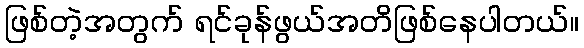
ဖြစ်တဲ့အတွက် ရင်ခုန်ဖွယ်အတိဖြစ်နေပါတယ်။